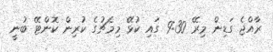
ރާއްޖެ ގަޑިން މިރޭ 9:30 ގައި ކުޅޭ މިމެޗުގެ ކުރިން ކޮންޓޭ ބުނީ